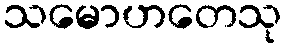
သမောဟတေသု